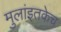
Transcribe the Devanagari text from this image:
मुलांइतकेच